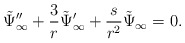
\begin{align*}\tilde \Psi_\infty'' + {3 \over r} \tilde \Psi_\infty' + {s \over r^2} \tilde \Psi_\infty=0.\end{align*}